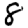
Digit: 8